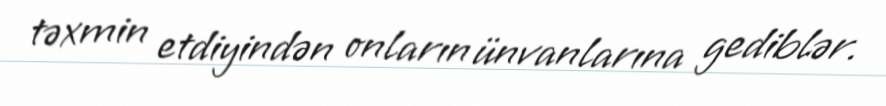
təxmin etdiyindən onların ünvanlarına gediblər.